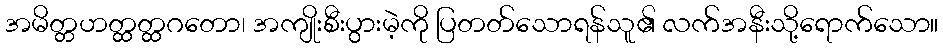
အမိတ္တဟတ္ထတ္ထဂတော၊ အကျိုးစီးပွားမဲ့ကို ပြတတ်သောရန်သူ၏ လက်အနီးသို့ရောက်သော။